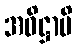
အဓိဋ္ဌာမိ